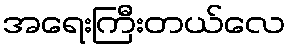
အရေးကြီးတယ်လေ